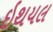
ઇથયલ